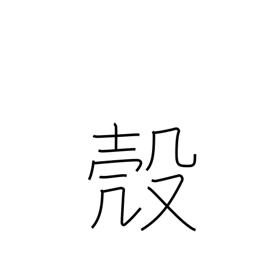
Meaning: nut shell